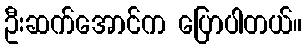
ဦးဆက်အောင်က ပြောပါတယ်။